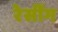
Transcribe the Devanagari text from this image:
रेसींग